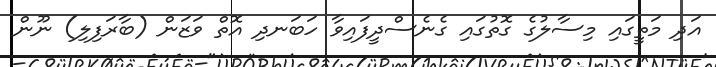
އަދި މަތީގައި މިސާލުގެ ގޮތުގައި ގެނެސްދީފައިވާ ހަބަނދި އޮތް ވަޒަން (ބާރަފިލި) ނޫން